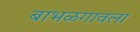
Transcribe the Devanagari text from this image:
बाभळगावला